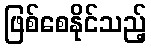
ဖြစ်စေနိုင်သည့်